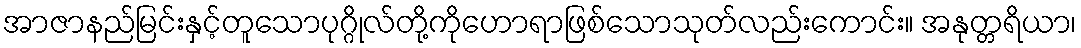
အာဇာနည်မြင်းနှင့်တူသောပုဂ္ဂိုလ်တို့ကိုဟောရာဖြစ်သောသုတ်လည်းကောင်း။ အနုတ္တရိယာ၊